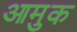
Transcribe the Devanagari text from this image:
आमुक